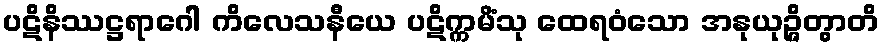
ပဋိနိဿဋ္ဌရာဂေါ ကိလေသနီယေ ပဋိက္ကမိံသု ထေရဝံသော အနုယုဉ္ဇိတွာတိ